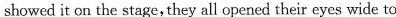
showed it on the stage,they all opened their eyes wide to